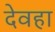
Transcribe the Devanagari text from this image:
देवहा